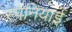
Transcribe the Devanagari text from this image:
स्‍पेनियाई